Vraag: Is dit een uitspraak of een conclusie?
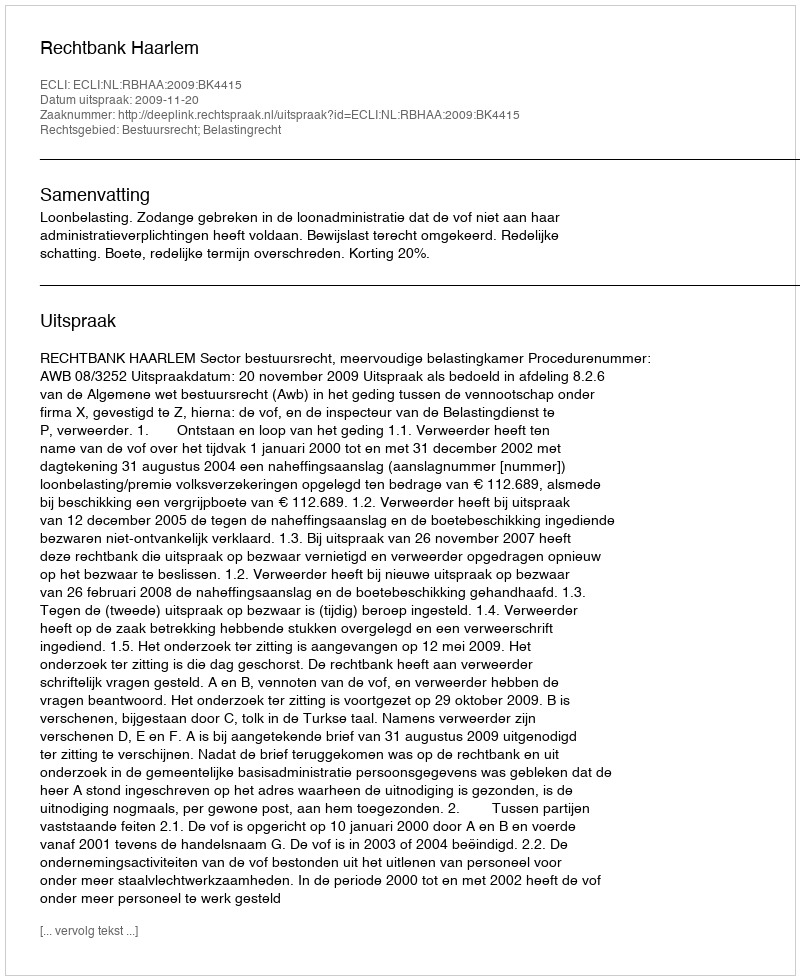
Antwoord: Uitspraak